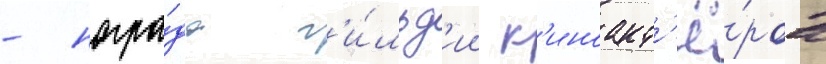
- награ́да г'и́льд'ии к'иноакт'ё́ров